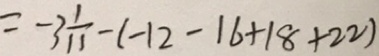
= - 3 \frac { 1 } { 1 1 } - ( - 1 2 - 1 6 + 1 8 + 2 2 )